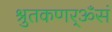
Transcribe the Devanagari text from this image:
श्रुतकणर्ॐसं